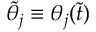
\tilde { \theta } _ { j } \equiv \theta _ { j } ( \tilde { t } )